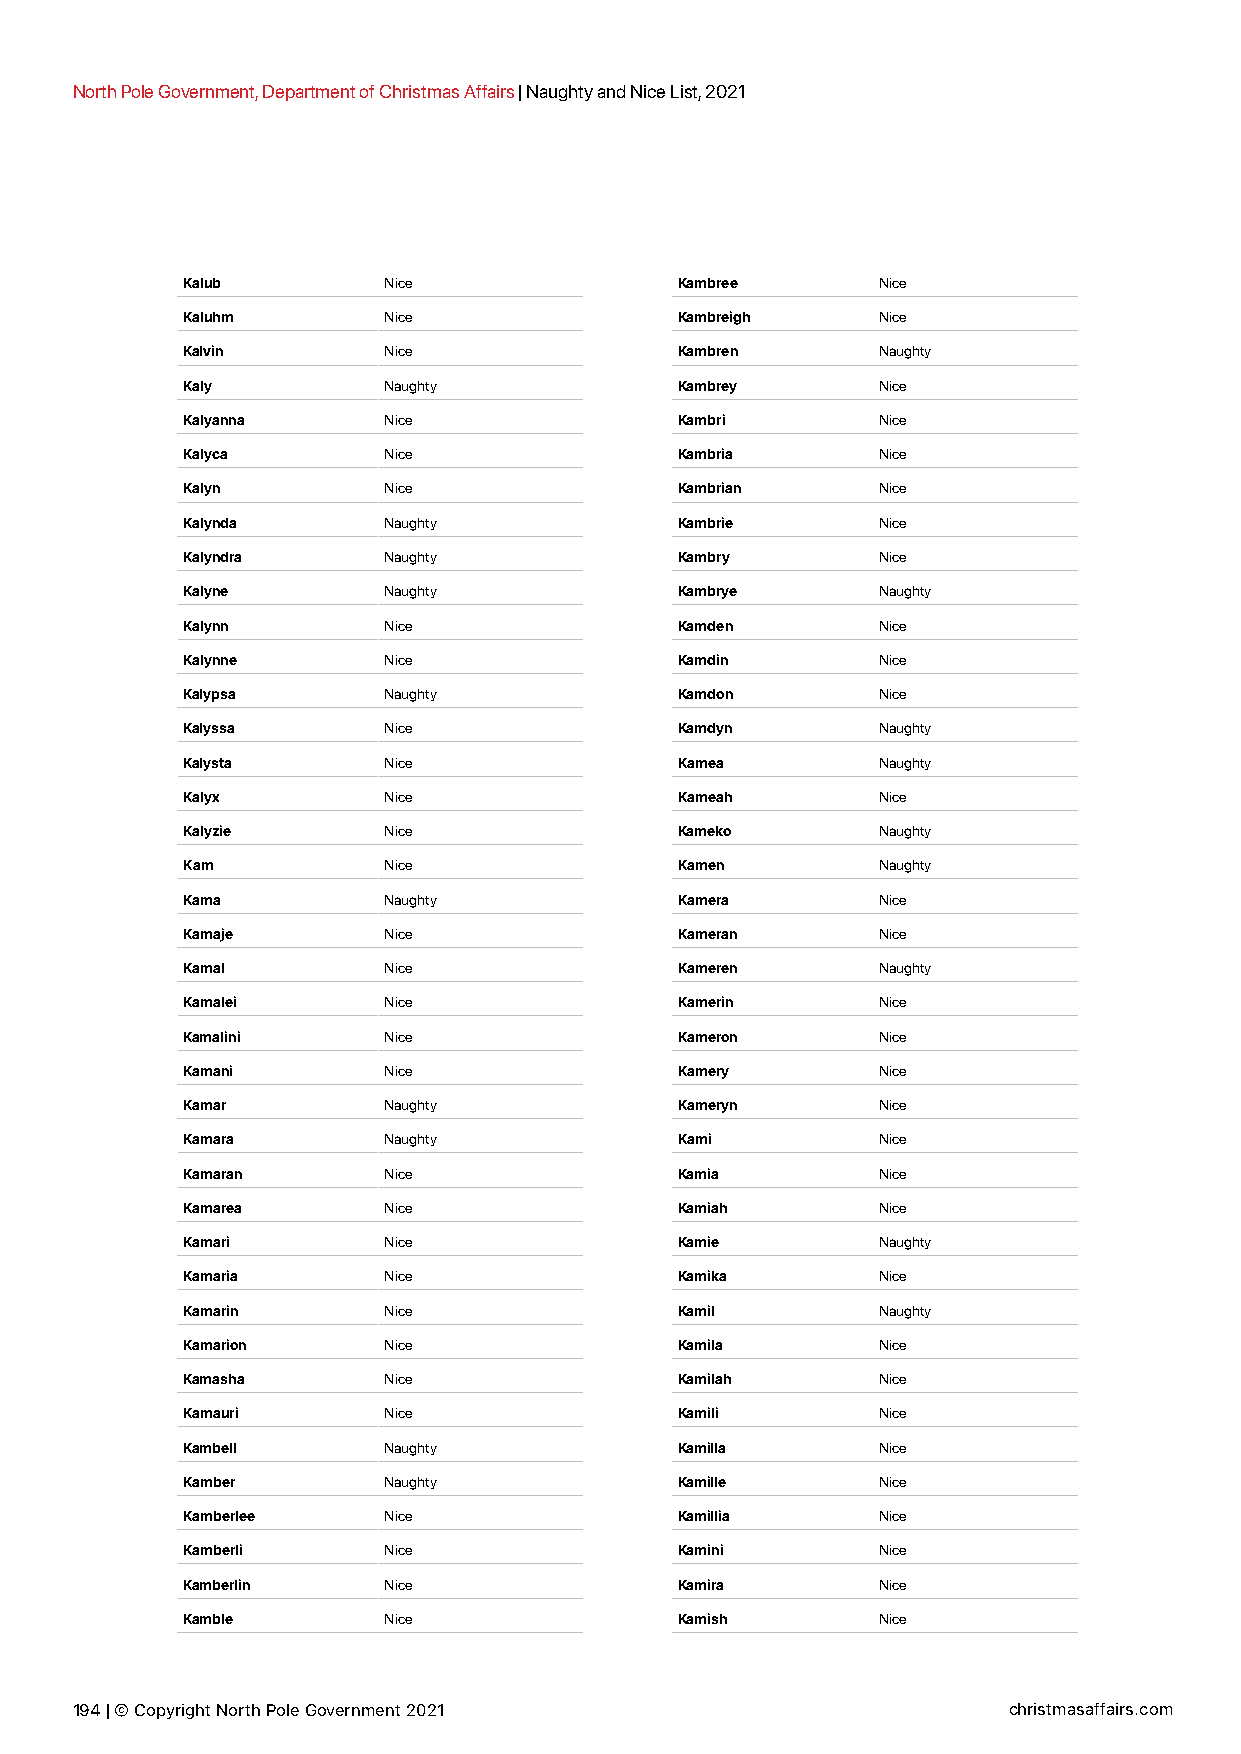
North Pole Government, Department of Christmas Affairs | Naughty and Nice List, 2021
 Kalub        Nice                Kambree      Nice
 Kaluhm       Nice                Kambreigh    Nice
 Kalvin       Nice                Kambren      Naughty
 Kaly         Naughty             Kambrey      Nice
 Kalyanna     Nice                Kambri       Nice
 Kalyca       Nice                Kambria      Nice
 Kalyn        Nice                Kambrian     Nice
 Kalynda      Naughty             Kambrie      Nice
 Kalyndra     Naughty             Kambry       Nice
 Kalyne       Naughty             Kambrye      Naughty
 Kalynn       Nice                Kamden       Nice
 Kalynne      Nice                Kamdin       Nice
 Kalypsa      Naughty             Kamdon       Nice
 Kalyssa      Nice                Kamdyn       Naughty
 Kalysta      Nice                Kamea        Naughty
 Kalyx        Nice                Kameah       Nice
 Kalyzie      Nice                Kameko       Naughty
 Kam          Nice                Kamen        Naughty
 Kama         Naughty             Kamera       Nice
 Kamaje       Nice                Kameran      Nice
 Kamal        Nice                Kameren      Naughty
 Kamalei      Nice                Kamerin      Nice
 Kamalini     Nice                Kameron      Nice
 Kamani       Nice                Kamery       Nice
 Kamar        Naughty             Kameryn      Nice
 Kamara       Naughty             Kami         Nice
 Kamaran      Nice                Kamia        Nice
 Kamarea      Nice                Kamiah       Nice
 Kamari       Nice                Kamie        Naughty
 Kamaria      Nice                Kamika       Nice
 Kamarin      Nice                Kamil        Naughty
 Kamarion     Nice                Kamila       Nice
 Kamasha      Nice                Kamilah      Nice
 Kamauri      Nice                Kamili       Nice
 Kambell      Naughty             Kamilla      Nice
 Kamber       Naughty             Kamille      Nice
 Kamberlee    Nice                Kamillia     Nice
 Kamberli     Nice                Kamini       Nice
 Kamberlin    Nice                Kamira       Nice
 Kamble       Nice                Kamish       Nice
 194 | © Copyright North Pole Government 2021                  christmasaffairs.com